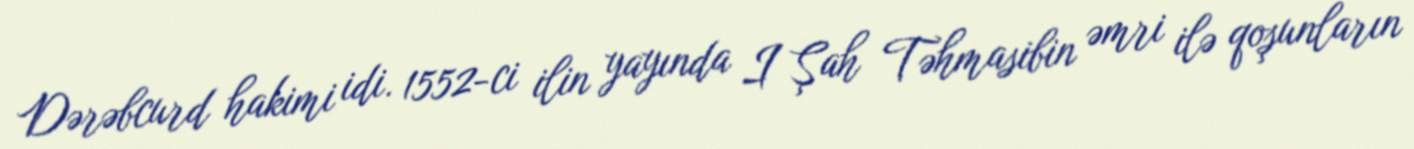
Dərəbcurd hakimi idi. 1552-ci ilin yayında I Şah Təhmasibin əmri ilə qoşunların